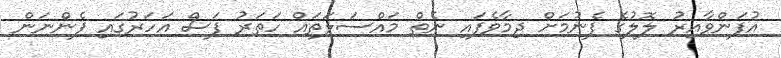
އުފަންވާއިރު ލޮލުގެ ފެނުމަށް ދިމާވެފައި ނެތް މައްސަލަތައް ހަތަރު ފަސް އަހަރުގައި ފެންނަން